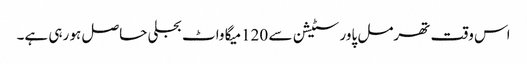
اس وقت تھرمل پاور سٹیشن سے 120میگا واٹ بجلی حاصل ہو رہی ہے۔